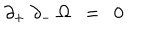
\partial _ { + } ~ \partial _ { - } ~ \Omega ~ ~ = ~ ~ 0 ~